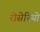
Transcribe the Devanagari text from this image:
रोसेरियो